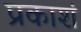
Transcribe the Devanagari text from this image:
प्रकाशं